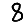
Digit: 8